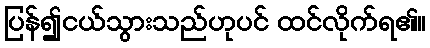
ပြန်၍ငယ်သွားသည်ဟုပင် ထင်လိုက်ရ၏။